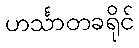
ဟင်္သာတခရိုင်